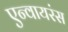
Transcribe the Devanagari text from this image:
एन्वायरंस